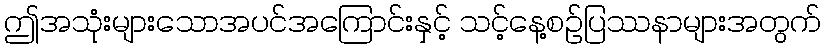
ဤအသုံးများသောအပင်အကြောင်းနှင့် သင့်နေ့စဉ်ပြဿနာများအတွက်